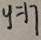
y = 1 7